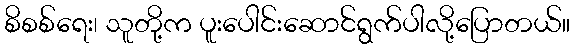
စိစစ်ရေး၊ သူတို့က ပူးပေါင်းဆောင်ရွက်ပါလို့ပြောတယ်။